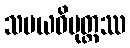
သမယဝိမုတ္တဿ